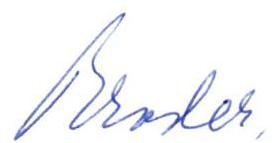
Broder,